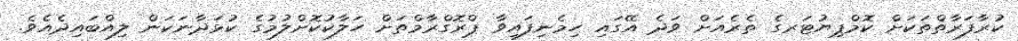
ކުރާފަރާތްތަކަށް ކޮމްޕިޔުޓަރގެ ތެރެއަށް ވަދެ އޭގައި ހިމެނިފައިވާ ޕްރޮގްރާމްތަށް ހަލާކުކޮށްލުމުގެ ކުޅަދާނަކަން ލިއްބައިދެއެވެ.